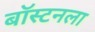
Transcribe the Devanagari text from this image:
बॉस्टनला